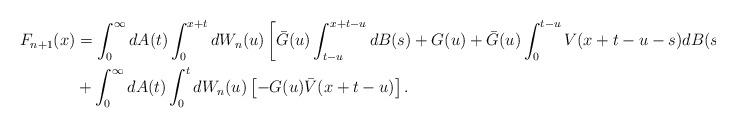
LaTeX: \begin{align*}F_{n+1}(x) &= \int_{0}^{\infty} dA(t)\int_{0}^{x+t} dW_{n}(u)\left[\bar{G}(u) \int_{t-u}^{x+t-u}dB(s) + G(u) + \bar{G}(u)\int_{0}^{t-u} V(x+t-u-s) dB(s) \right] \\ & + \int_{0}^{\infty} dA(t)\int_{0}^{t} dW_{n}(u)\left[ -G(u)\bar{V}(x+t-u) \right].\end{align*}